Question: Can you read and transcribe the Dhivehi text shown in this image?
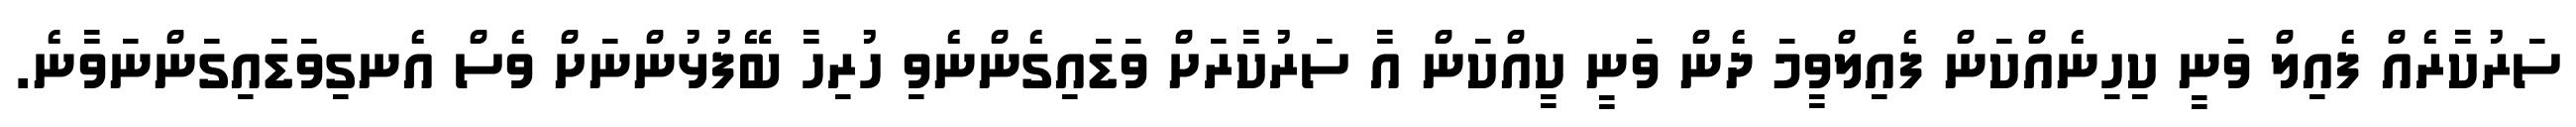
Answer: ސަރުކާރެއް ފެއިލް ވަނީ ކިހިނެއްކަން ފެއިލްވީމަ ދެން ވަނީ ކީއްކަން އާ ސަރުކާރަށް ވަޑައިގެންނެވި ހުރިހާ ބޭފުޅުންނަށް ވެސް އެނގިވަޑައިގަންނަވާނެ.